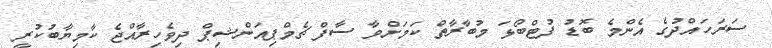
ސަރަހައްދުގެ އެންމެ ބޮޑު ފުޓްބޯޅަ މުބާރާތް ކަމަށްވާ ސާފް ޗެމްޕިއަންޝިޕް ދިވެހިރާއްޖެ ކާމިޔާބުކުރީ